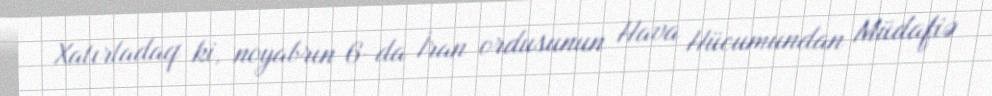
Xatırladaq ki, noyabrın 6-da İran ordusunun Hava Hücumundan Müdafiə